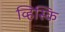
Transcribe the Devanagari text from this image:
व्हिस्कि